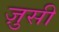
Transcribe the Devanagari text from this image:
ज़ुसी